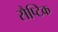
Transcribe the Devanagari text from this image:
सैप्टिक